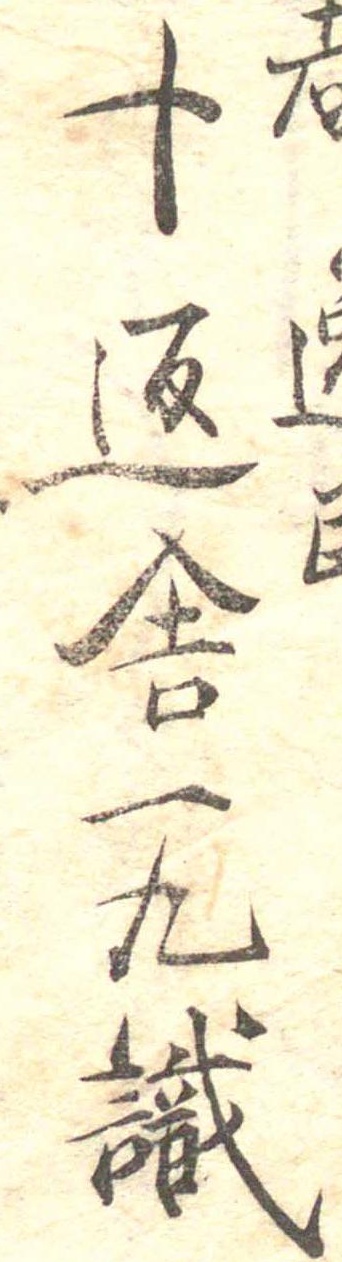
都十返舎一九識